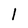
Character: l